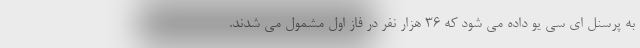
به پرسنل ای سی یو داده می شود که ۳۶ هزار نفر در فاز اول مشمول می شدند.